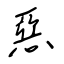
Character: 惡